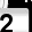
Digit: 2